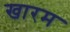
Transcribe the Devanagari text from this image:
खारम